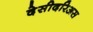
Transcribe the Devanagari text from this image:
देसीदरिअस